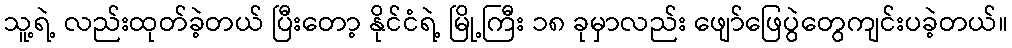
သူ့ရဲ့ လည်းထုတ်ခဲ့တယ် ပြီးတော့ နိုင်ငံရဲ့ မြို့ကြီး ၁၈ ခုမှာလည်း ဖျော်ဖြေပွဲတွေကျင်းပခဲ့တယ်။